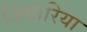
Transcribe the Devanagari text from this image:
जिवारिया